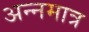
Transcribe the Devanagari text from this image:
अन्नमात्र